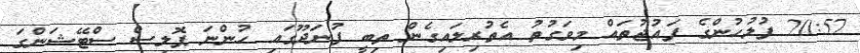
20:57 ފުލުހުންގެ ފައުޖުތައް މިވަގުތު އެތުރިލައިގެން ތިބީ ފުނަދޫގައި ހުންނަ ޕޮލިސް ސްޓޭޝަަންގަ